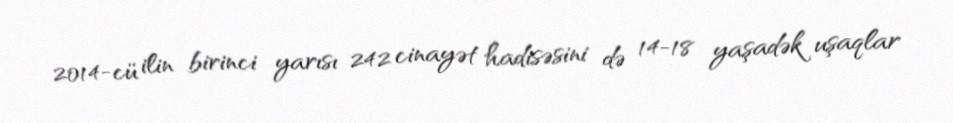
2014-cü ilin birinci yarısı 242 cinayət hadisəsini də 14-18 yaşadək uşaqlar